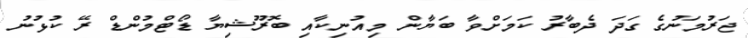
ޖަރުމަނުގެ ގަދަ ދެބާރު ކަމަށްވާ ބަޔާން މިއުނިކާއި ބޮރޫޝިޔާ ޑޯޓްމުންޑް ރޭ ކުޅުނު